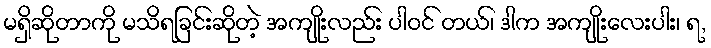
မရှိဆိုတာကို မသိရခြင်းဆိုတဲ့ အကျိုးလည်း ပါဝင် တယ်၊ ဒါက အကျိုးလေးပါး၊ ရ,